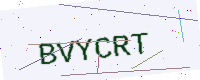
Text: BVYCRT